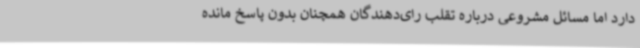
دارد اما مسائل مشروعی درباره تقلب رای‌دهندگان همچنان بدون پاسخ مانده